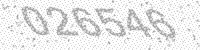
Solution: 026546